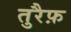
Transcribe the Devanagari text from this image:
तुरैफ़